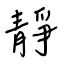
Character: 靜